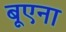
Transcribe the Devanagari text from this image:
बूएना